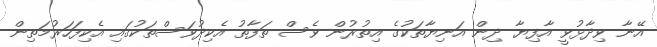
އޭނާ ވިދާޅުވީ އާފިޔާ ދިން އަނިޔާތަކުގެ އިތުރުން ވެސް ތަފާތު އެކިދުވަސްތަކުގައި އެކިފަހަރުމަތިން